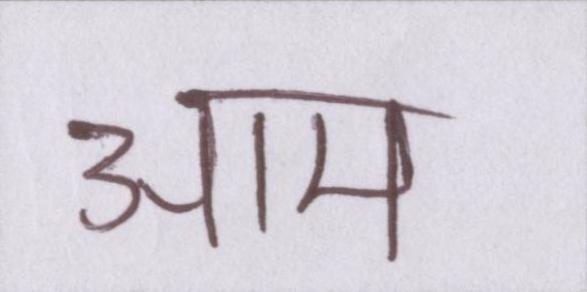
आम